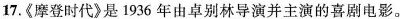
17.《摩登时代》是1936年由卓别林导演并主演的喜剧电影。